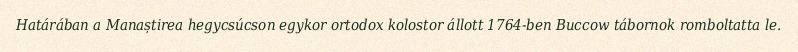
Határában a Manaștirea hegycsúcson egykor ortodox kolostor állott 1764-ben Buccow tábornok romboltatta le.